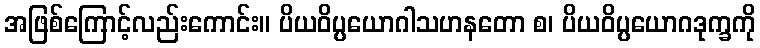
အဖြစ်ကြောင့်လည်းကောင်း။ ပိယဝိပ္ပယောဂါသဟနတော စ၊ ပိယဝိပ္ပယောဂဒုက္ခကို